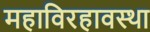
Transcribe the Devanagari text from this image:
महाविरहावस्था